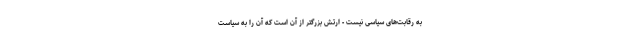
به رقابت‌های سیاسی نیست - ارتش بزرگتر از آن است که آن را به سیاست